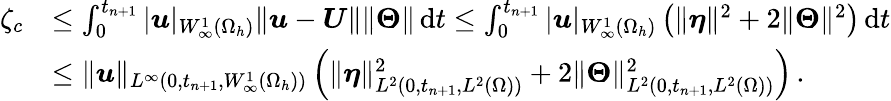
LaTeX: \begin{array}{rl}{\zeta_{c}}&{\leq\int_{0}^{t_{n+1}}|\boldsymbol{u}|_{W_{\infty}^{1}(\Omega_{h})}\| \boldsymbol{u}-\boldsymbol{U}\| \| \boldsymbol{\Theta}\| \, \mathrm{d}t\leq\int_{0}^{t_{n+1}}|\boldsymbol{u}|_{W_{\infty}^{1}(\Omega_{h})}\left(\| \boldsymbol{\eta}\| ^{2}+2\| \boldsymbol{\Theta}\| ^{2}\right)\, \mathrm{d}t}\\ &{\leq\| \boldsymbol{u}\| _{L^{\infty}(0,t_{n+1},W_{\infty}^{1}(\Omega_{h}))}\left(\| \boldsymbol{\eta}\| _{L^{2}(0,t_{n+1},L^{2}(\Omega))}^{2}+2\| \boldsymbol{\Theta}\| _{L^{2}(0,t_{n+1},L^{2}(\Omega))}^{2}\right)\, .}\end{array}